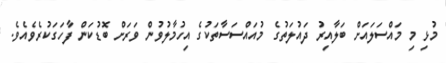
މުޅި މި މައްސަލައަށް ބަލާއިރު ދައުލަތުގެ މުއައްސަސާތަކުގެ އިހުމާލުވުން ވަރަށް ބޮޑުކަން ފާހަގަކުރެވެއެވެ.